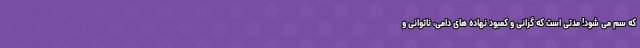
که سم می شود! مدتی است که گرانی و کمبود نهاده های دامی، ناتوانی و